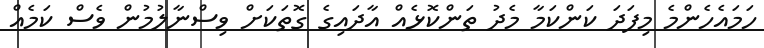
ހަމައެހެންމެ މިފަދަ ކަންކަމާ މެދު ތަންކޮޅެއް އާދައިގެ ގޮތަކަށް ވިސްނާލުމުން ވެސް ކަމެއް